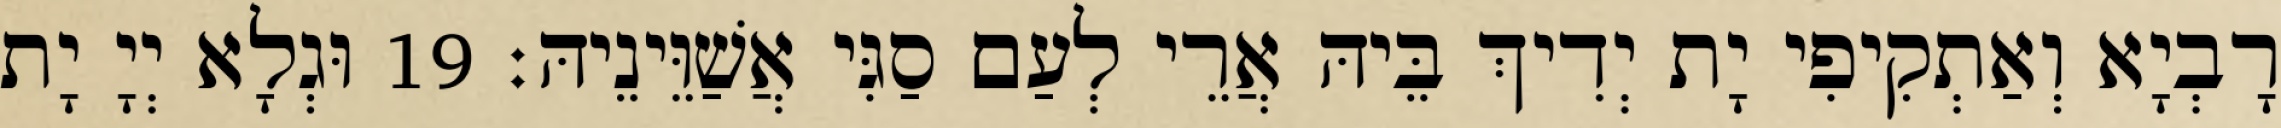
רָבְיָא וְאַתְקִיפִי יָת יְדִיךְ בֵּיהּ אֲרֵי לְעַם סַגִּי אֲשַׁוֵּינֵיהּ׃ 19 וּגְלָא יְיָ יָת